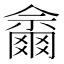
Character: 𱭋